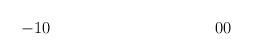
LaTeX: \begin{align*} -1 & 0 & 0 & 0\end{align*}